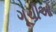
ગૂચીઓ